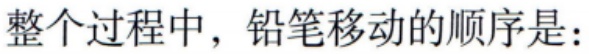
整个过程中，铅笔移动的顺序是：